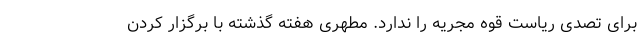
برای تصدی ریاست قوه مجریه را ندارد. مطهری هفته گذشته با برگزار کردن